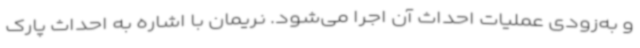
و به‌زودی عملیات احداث آن اجرا می‌شود. نریمان با اشاره به احداث پارک